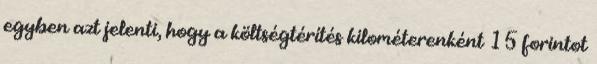
egyben azt jelenti, hogy a költségtérítés kilométerenként 15 forintot